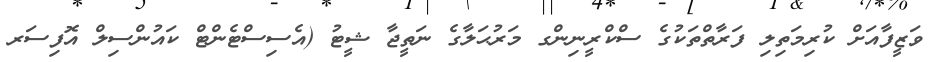
ވަޒީފާއަށް ކުރިމަތިލި ފަރާތްތަކުގެ ސްކްރީނިންގ މަރުޙަލާގެ ނަތީޖާ ޝީޓު (އެސިސްޓެންޓް ކައުންސިލް އޮފިސަރ